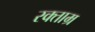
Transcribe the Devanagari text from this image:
रक्ताम्र